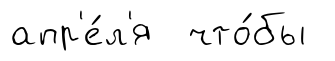
апр'е́л'я что́бы